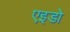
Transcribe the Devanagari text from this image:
एइडो